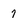
Character: 7